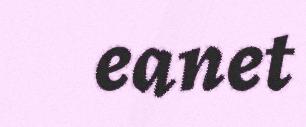
eanet